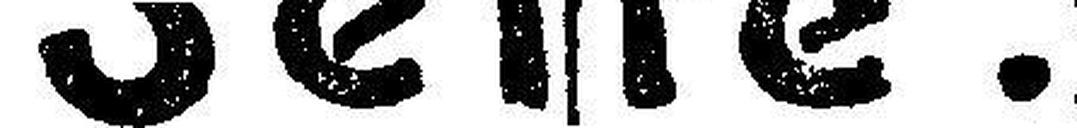
Seife.